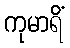
ကုမာရိံ